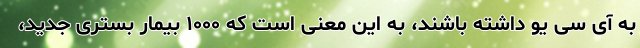
به آی سی یو داشته باشند، به این معنی است که ۱۰۰۰ بیمار بستری جدید،